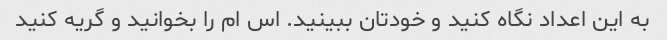
به این اعداد نگاه کنید و خودتان ببینید. اس ام را بخوانید و گریه کنید